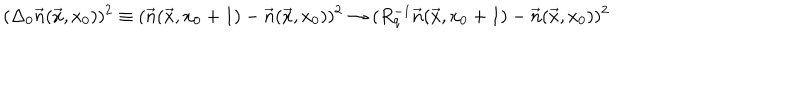
LaTeX: ( \Delta _ { 0 } \vec { n } ( \vec { x } , x _ { 0 } ) ) ^ { 2 } \equiv ( \vec { n } ( \vec { x } , x _ { 0 } + 1 ) - \vec { n } ( \vec { x } , x _ { 0 } ) ) ^ { 2 } \to ( R _ { q } ^ { - 1 } \vec { n } ( \vec { x } , x _ { 0 } + 1 ) - \vec { n } ( \vec { x } , x _ { 0 } ) ) ^ { 2 }